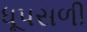
ધૂપસળી